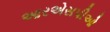
આરએસપીઓ